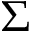
\Sigma